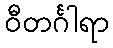
ဝီတင်္ဂါရာ